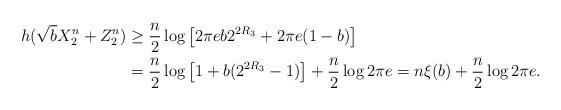
LaTeX: \begin{align*} h(\sqrt{b}X_2^n+Z_2^n)&\geq \frac{n}{2}\log\left[ 2\pi eb 2^{2R_3}+2\pi e(1-b)\right]\\ &=\frac{n}{2}\log\left[1+b(2^{2R_3}-1)\right]+\frac{n}{2}\log 2\pi e=n\xi(b)+\frac{n}{2}\log 2\pi e .\end{align*}